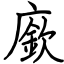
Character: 廞